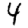
Digit: 4